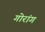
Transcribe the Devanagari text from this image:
गोरांग